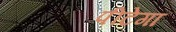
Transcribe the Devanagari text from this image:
पीटेगा